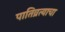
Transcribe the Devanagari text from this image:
पातिव्रत्याचा